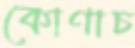
কোণাচ